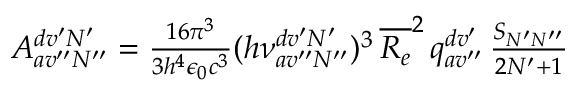
\begin{array} { r } { A _ { a v ^ { \prime \prime } N ^ { \prime \prime } } ^ { d v ^ { \prime } N ^ { \prime } } = \frac { 1 6 \pi ^ { 3 } } { 3 h ^ { 4 } \epsilon _ { 0 } c ^ { 3 } } ( h \nu _ { a v ^ { \prime \prime } N ^ { \prime \prime } } ^ { d v ^ { \prime } N ^ { \prime } } ) ^ { 3 } \, \overline { { R _ { e } } } ^ { 2 } \, q _ { a v ^ { \prime \prime } } ^ { d v ^ { \prime } } \, \frac { S _ { N ^ { \prime } N ^ { \prime \prime } } } { 2 N ^ { \prime } + 1 } } \end{array}